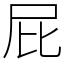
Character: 屁